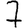
Digit: 7